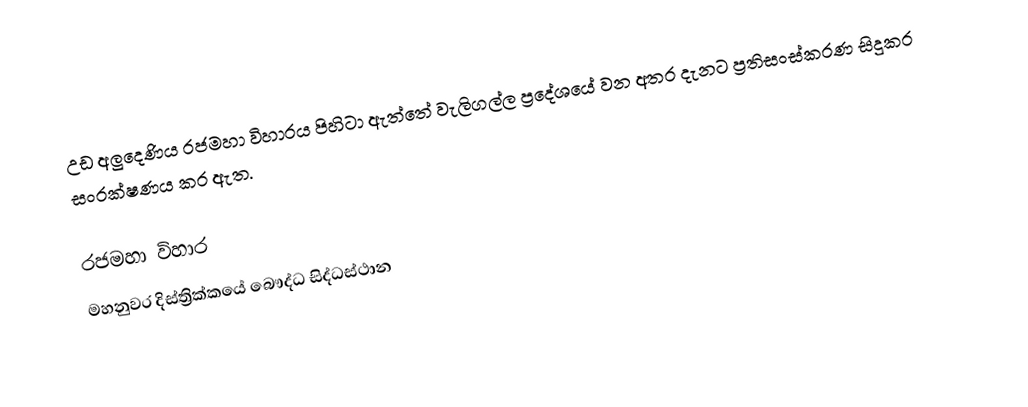
උඩ අලුදෙණිය රජමහා විහාරය පිහිටා ඇත්තේ වැලිගල්ල ප්‍රදේශයේ වන අතර දැනට ප්‍රතිසංස්කරණ සිදුකර සංරක්ෂණය කර ඇත.

රජමහා විහාර
මහනුවර දිස්ත්‍රික්කයේ බෞද්ධ සිද්ධස්ථාන‎